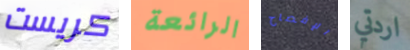
كريست الرائعة الإفصاح اردتي